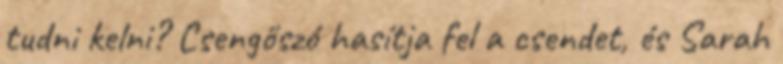
tudni kelni? Csengőszó hasítja fel a csendet, és Sarah